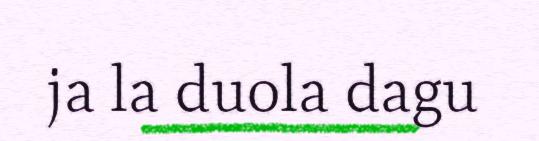
ja la duola dagu